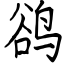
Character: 鹆